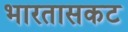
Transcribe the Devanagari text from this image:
भारतासकट